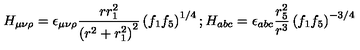
H _ { \mu \nu \rho } = \epsilon _ { \mu \nu \rho } \frac { r r _ { 1 } ^ { 2 } } { \left( r ^ { 2 } + r _ { 1 } ^ { 2 } \right) ^ { 2 } } \left( f _ { 1 } f _ { 5 } \right) ^ { 1 / 4 } ; H _ { a b c } = \epsilon _ { a b c } \frac { r _ { 5 } ^ { 2 } } { r ^ { 3 } } \left( f _ { 1 } f _ { 5 } \right) ^ { - 3 / 4 }